Annual administration report of the Civil Veterinary Department of India - 1909-1910
Year: 1909
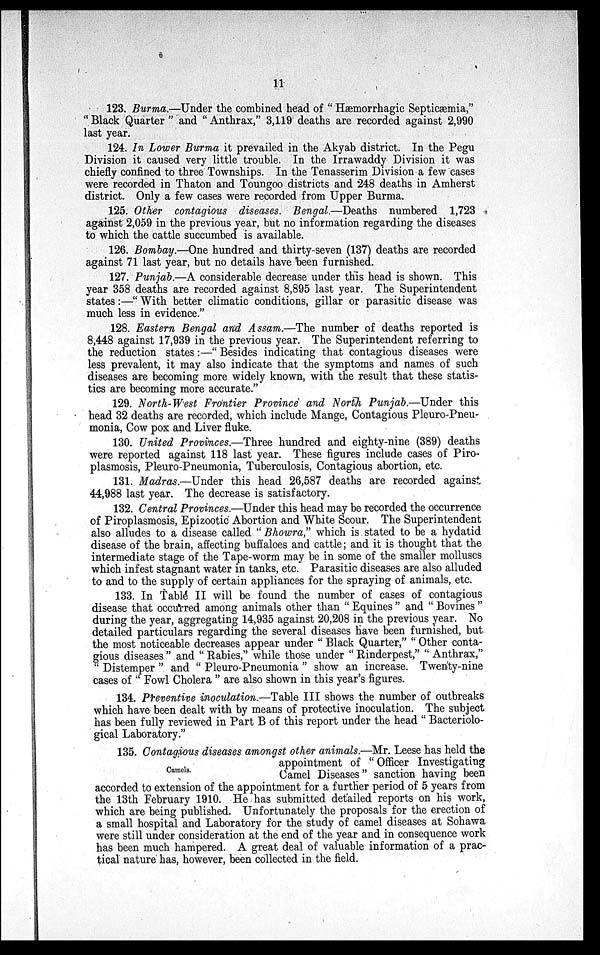
11
123. Burma.—Under the combined head of "Hæmorrhagic Septicæmia,"
"Black Quarter" and "Anthrax," 3,119 deaths are recorded against 2,990
last year.
124. In Lower Burma it prevailed in the Akyab district. In the Pegu
Division it caused very little trouble. In the Irrawaddy Division it was
chiefly confined to three Townships. In the Tenasserim Division a few cases
were recorded in Thaton and Toungoo districts and 248 deaths in Amherst
district. Only a few cases were recorded from Upper Burma.
125. Other contagious diseases. Bengal.—Deaths numbered 1,723
against 2,059 in the previous year, but no information regarding the diseases
to which the cattle succumbed is available.
126. Bombay.—One hundred and thirty-seven (137) deaths are recorded
against 71 last year, but no details have been furnished.
127. Punjab.—A considerable decrease under this head is shown. This
year 358 deaths are recorded against 8,895 last year. The Superintendent
states:—"With better climatic conditions, gillar or parasitic disease was
much less in evidence."
128. Eastern Bengal and Assam.—The number of deaths reported is
8,448 against 17,939 in the previous year. The Superintendent referring to
the reduction states:—"Besides indicating that contagious diseases were
less prevalent, it may also indicate that the symptoms and names of such
diseases are becoming more widely known, with the result that these statis-
tics are becoming more accurate."
129. North-West Frontier Province and North Punjab.—Under this
head 32 deaths are recorded, which include Mange, Contagious Pleuro-Pneu-
monia, Cow pox and Liver fluke.
130. United Provinces.—Three hundred and eighty-nine (389) deaths
were reported against 118 last year. These figures include cases of Piro-
plasmosis, Pleuro-Pneumonia, Tuberculosis, Contagious abortion, etc.
131. Madras.—Under this head 26,587 deaths are recorded against
44,988 last year. The decrease is satisfactory.
132. Central Provinces.—Under this head may be recorded the occurrence
of Piroplasmosis, Epizootic Abortion and White Scour. The Superintendent
also alludes to a disease called "Bhowra," which is stated to be a hydatid
disease of the brain, affecting buffaloes and cattle; and it is thought that the
intermediate stage of the Tape-worm may be in some of the smaller molluscs
which infest stagnant water in tanks, etc. Parasitic diseases are also alluded
to and to the supply of certain appliances for the spraying of animals, etc.
133. In Table II will be found the number of cases of contagious
disease that occurred among animals other than "Equines" and "Bovines"
during the year, aggregating 14,935 against 20,208 in the previous year. No
detailed particulars regarding the several diseases have been furnished, but
the most noticeable decreases appear under "Black Quarter," "Other conta-
gious diseases" and "Rabies," while those under "Rinderpest," "Anthrax,"
Distemper" and "Pleuro-Pneumonia" show an increase. Twenty-nine
cases of "Fowl Cholera" are also shown in this year's figures.
134. Preventive inoculation.—Table III shows the number of outbreaks
which have been dealt with by means of protective inoculation. The subject
has been fully reviewed in Part B of this report under the head "Bacteriolo-
gical Laboratory."
Camels.
135. Contagious diseases amongst other animals.—Mr. Leese has held the
appointment of "Officer Investigating
Camel Diseases" sanction having been
accorded to extension of the appointment for a further period of 5 years from
the 13th February 1910. He has submitted detailed reports on his work,
which are being published. Unfortunately the proposals for the erection of
a small hospital and Laboratory for the study of camel diseases at Sohawa
were still under consideration at the end of the year and in consequence work
has been much hampered. A great deal of valuable information of a prac-
tical nature has, however, been collected in the field.